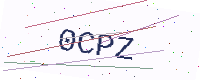
Text: 0CPZ